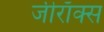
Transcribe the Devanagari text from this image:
जीराॅक्स